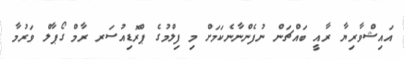
އައިޝްވާރިޔާ ރާއީ ބައްޗަން ނުފެންނާނެކަމަށް މި ފިލްމުގެ ޕްރޮޑިއުސަރ ރާމް ގޯޕާލް ވަރުމާ